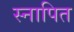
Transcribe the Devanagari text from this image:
स्नापित